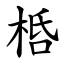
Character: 桰